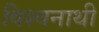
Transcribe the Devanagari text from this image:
विश्वनाथी